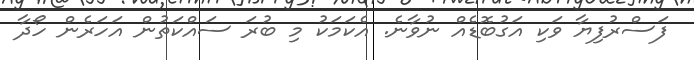
ފަސްރުފިޔާ ވަކި އަގުބޮޑެއް ނުވާނެ. އެކަމަކު މި ބުރަ ސައްކަތުން އަހަރެން ހޯދާ